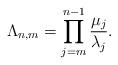
LaTeX: \begin{align*}\Lambda_{n,m}=\prod_{j=m}^{n-1}\frac{\mu_{j}}{\lambda_{j}}.\end{align*}